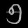
Digit: ၅